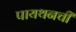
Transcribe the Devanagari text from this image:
पायथनची